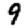
Digit: 9